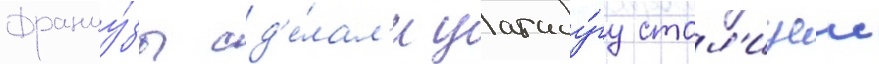
Францу́зы сд'е́лал'и уагаду́гу стол'ицеи